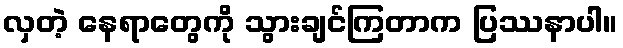
လှတဲ့ နေရာတွေကို သွားချင်ကြတာက ပြဿနာပါ။